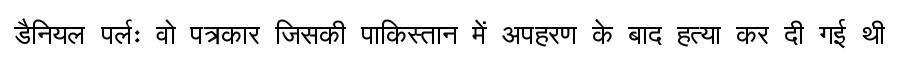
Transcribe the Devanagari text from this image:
डैनियल पर्लः वो पत्रकार जिसकी पाकिस्तान में अपहरण के बाद हत्या कर दी गई थी